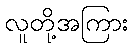
လူတို့အကြား